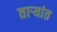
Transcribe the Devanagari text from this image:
ताऱ्यांत